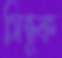
সিন্ধুক